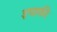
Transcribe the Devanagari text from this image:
३चाकी